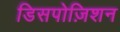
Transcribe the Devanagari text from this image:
डिसपोज़िशन